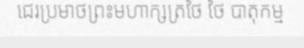
ជេរប្រមាថព្រះមហាក្សត្រថៃ ថៃ បាតុកម្ម